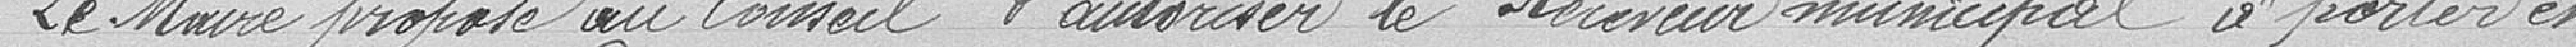
Le Maire propose au conseil d'autoriser le Receveur municipal à porter en